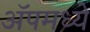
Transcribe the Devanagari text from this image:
ॲपमध्ये